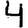
Digit: 4